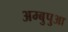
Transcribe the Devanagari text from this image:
अम्बुपुआ